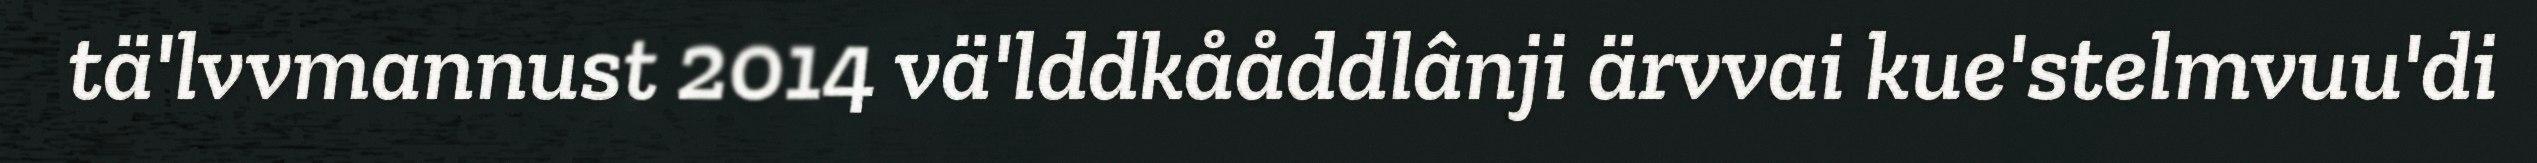
tä'lvvmannust 2014 vä'lddkååddlânji ärvvai kue'stelmvuu'di